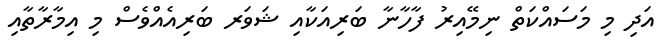
އަދި މި މަސައްކަތް ނިމޭއިރު ފާހާނާ ބަރިއަކާއި ޝަވަރ ބަރިއެއްވެސް މި އިމާރާތާއި